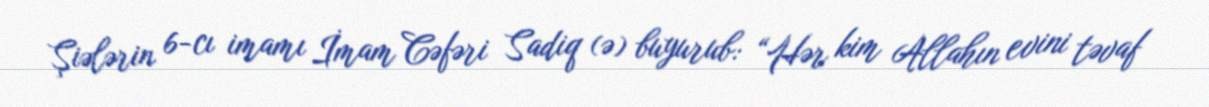
Şiələrin 6-cı imamı İmam Cəfəri Sadiq (ə) buyurub: “Hər kim Allahın evini təvaf